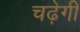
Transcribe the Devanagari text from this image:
चढ़ेगी